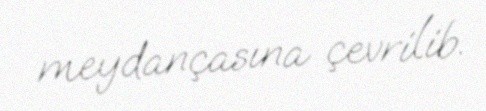
meydançasına çevrilib.